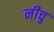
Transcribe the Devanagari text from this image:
नीचु